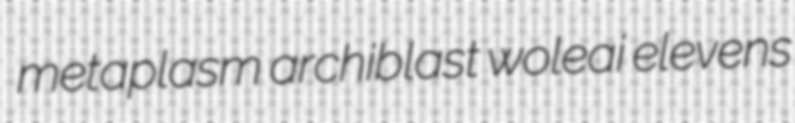
metaplasm archiblast woleai elevens